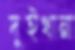
দুইখানা